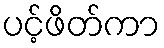
ပင့်ဖိတ်ကာ